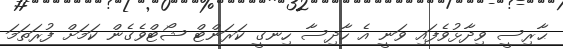
ޙާރިސީ ވިދާޅުވެފައި ވަނީ އެ ހާދިސާ ހިނގީ ކަރަންޓް ޝޯޓްވެގެން ކަމަށް ފުރަތަމަ